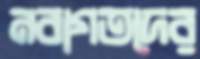
নবাগতদের